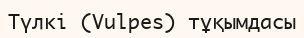
Түлкі (Vulpes) тұқымдасы